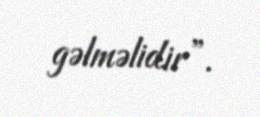
gəlməlidir”.